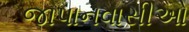
જાપાનવાસીઓ